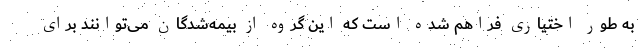
به طور اختیاری فراهم شده است که این گروه از بیمه‌شدگان می‌توانند برای